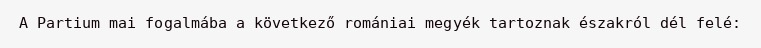
A Partium mai fogalmába a következő romániai megyék tartoznak északról dél felé: